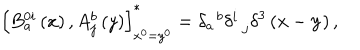
\left[ B _ { a } ^ { 0 i } \left( x \right) , A _ { j } ^ { b } \left( y \right) \right] _ { x ^ { 0 } = y ^ { 0 } } ^ { * } = \delta _ { a } ^ { \; \; b } \delta _ { \; \; j } ^ { i } \delta ^ { 3 } \left( \mathbf { x } - \mathbf { y } \right) ,